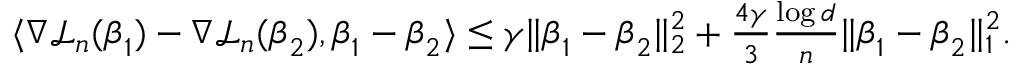
\begin{array} { r l } & { \langle \nabla { \mathcal L } _ { n } ( { \boldsymbol { \beta } } _ { 1 } ) - \nabla { \mathcal L } _ { n } ( { \boldsymbol { \beta } } _ { 2 } ) , { \boldsymbol { \beta } } _ { 1 } - { \boldsymbol { \beta } } _ { 2 } \rangle \leq \gamma \| { \boldsymbol { \beta } } _ { 1 } - { \boldsymbol { \beta } } _ { 2 } \| _ { 2 } ^ { 2 } + \frac { 4 \gamma } { 3 } \frac { \log d } { n } \| { \boldsymbol { \beta } } _ { 1 } - { \boldsymbol { \beta } } _ { 2 } \| _ { 1 } ^ { 2 } . } \end{array}